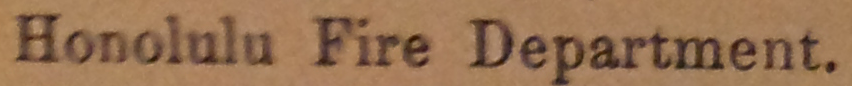
Honolulu Fire Department.